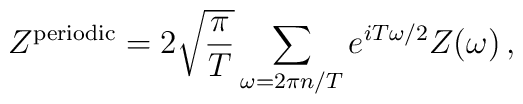
Z^{{\rm periodic}} = 2\sqrt{\frac{\pi}{T}} \sum_{\omega = 2\pi n/T}e^{iT\omega/2} Z(\omega) \,,